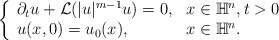
\begin{align*} \left\{ \begin{array}{ll} \partial_t u+ \mathcal{L}(|u|^{m-1}u) = 0, & x\in \mathbb{H}^n, t>0 \\ u(x,0) = u_0(x), & x \in \mathbb{H}^n. \end{array} \right.\end{align*}